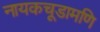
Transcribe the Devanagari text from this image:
नायकचूडामणि